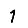
Digit: 1